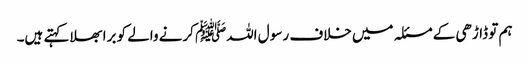
ہم تو ڈاڑھی کے مسئلہ میں خلاف رسو ل اللہﷺ کرنے والے کو برا بھلا کہتے ہیں۔